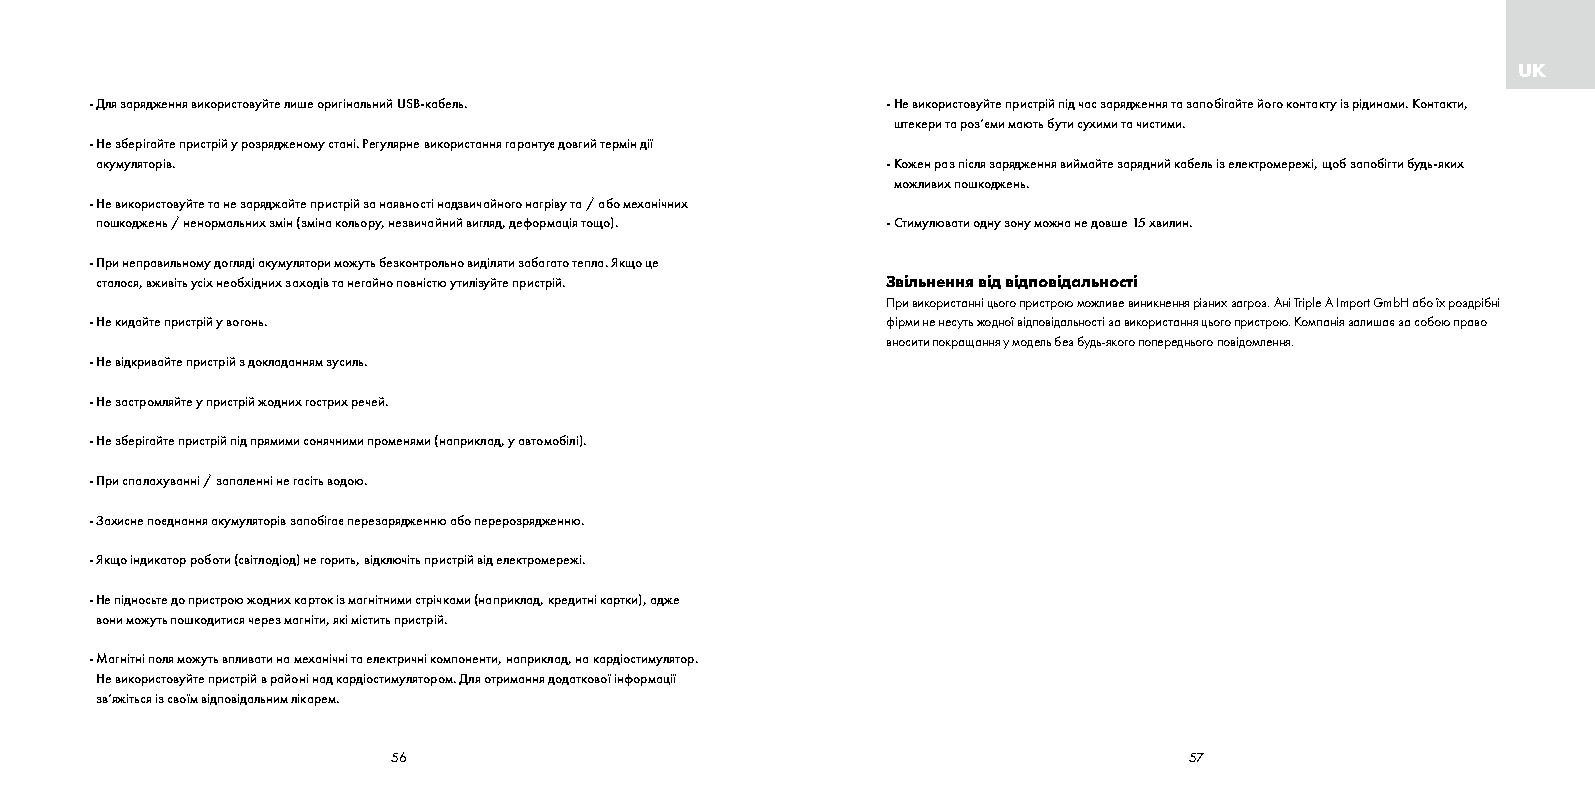
UK
 - Для зарядження використовуйте лише оригінальний USB-кабель. - Не використовуйте пристрій під час зарядження та запобігайте його контакту із рідинами. Контакти,
 штекери та роз‘єми мають бути сухими та чистими.
 - Не зберігайте пристрій у розрядженому стані. Регулярне використання гарантує довгий термін дії
 акумуляторів.                                        - Кожен раз після зарядження виймайте зарядний кабель із електромережі, щоб запобігти будь-яких
 можливих пошкоджень.
 - Не використовуйте та не заряджайте пристрій за наявності надзвичайного нагріву та / або механічних
 пошкоджень / ненормальних змін (зміна кольору, незвичайний вигляд, деформація тощо). - Стимулювати одну зону можна не довше 15 хвилин.
 - При неправильному догляді акумулятори можуть безконтрольно виділяти забагато тепла. Якщо це
 сталося, вживіть усіх необхідних заходів та негайно повністю утилізуйте пристрій. Звільнення від відповідальності
 При використанні цього пристрою можливе виникнення різних загроз. Ані Triple A Import GmbH або їх роздрібн і
 - Не кидайте пристрій у вогонь.                      фірми не несуть жодної відповідальності за використання цього пристрою. Компанія залишає за собою право
 вносити покращання у модель без будь-якого попереднього повідомлення.
 - Не відкривайте пристрій з докладанням зусиль.
 - Не застромляйте у пристрій жодних гострих речей.
 - Не зберігайте пристрій під прямими сонячними променями (наприклад, у автомобілі).
 - При спалахуванні / запаленні не гасіть водою.
 - Захисне поєднання акумуляторів запобігає перезарядженню або перерозрядженню.
 - Якщо індикатор роботи (світлодіод) не горить, відключіть пристрій від електромережі.
 - Не підносьте до пристрою жодних карток із магнітними стрічками (наприклад, кредитні картки), адже
 вони можуть пошкодитися через магніти, які містить пристрій.
 - Магнітні поля можуть впливати на механічні та електричні компоненти, наприклад, на кардіостимулятор.
 Не використовуйте пристрій в районі над кардіостимулятором. Для отримання додаткової інформації
 зв‘яжіться із своїм відповідальним лікарем.
 56                                                   57